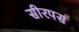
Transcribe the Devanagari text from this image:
सीरपस